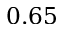
0 . 6 5